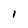
Character: l